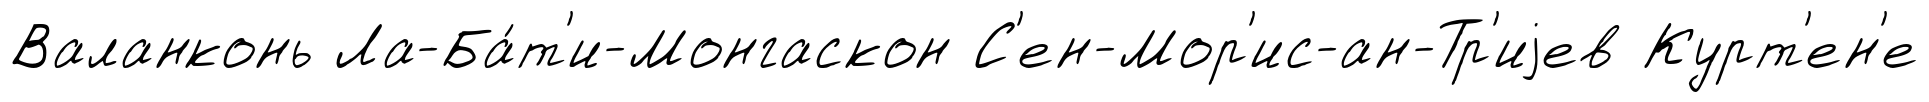
Валанконь Ла-Ба́т'и-Монгаскон С'ен-Мор'ис-ан-Тр'иjев Курт'ен'е